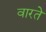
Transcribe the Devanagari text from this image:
वारते